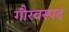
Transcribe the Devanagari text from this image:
गौरवस्पद